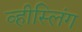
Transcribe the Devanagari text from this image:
व्हीस्लिंग